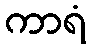
ကာရံ